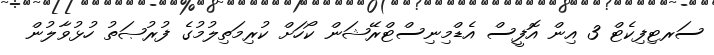
ސަރޓިފިކެޓް 3 އިން އޮފީސް އެޑްމިނިސްޓްރޭޝަން ކޯހަށް ކުރިމަތިލުމުގެ ފުރުޞަތު ހުޅުވާލުން